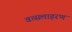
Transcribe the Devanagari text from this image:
वत्सलाहरण